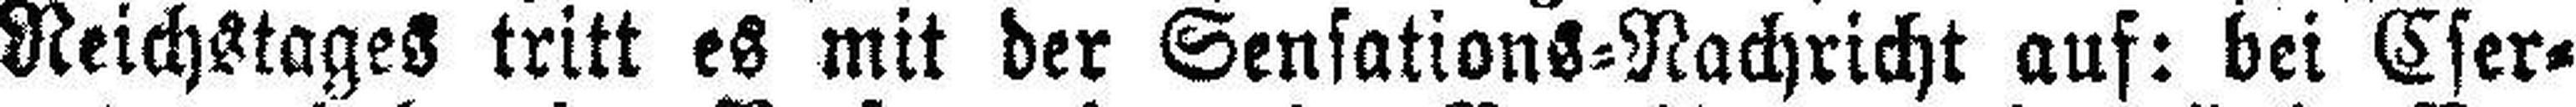
Reichstages tritt es mit der Sensations=Nachricht auf: bei Cser¬